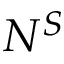
N ^ { S }